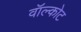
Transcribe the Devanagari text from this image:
वॉल्कोट